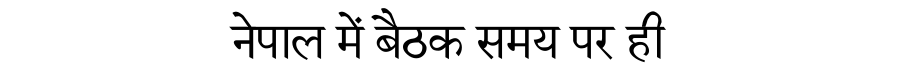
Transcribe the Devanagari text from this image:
नेपाल में बैठक समय पर ही